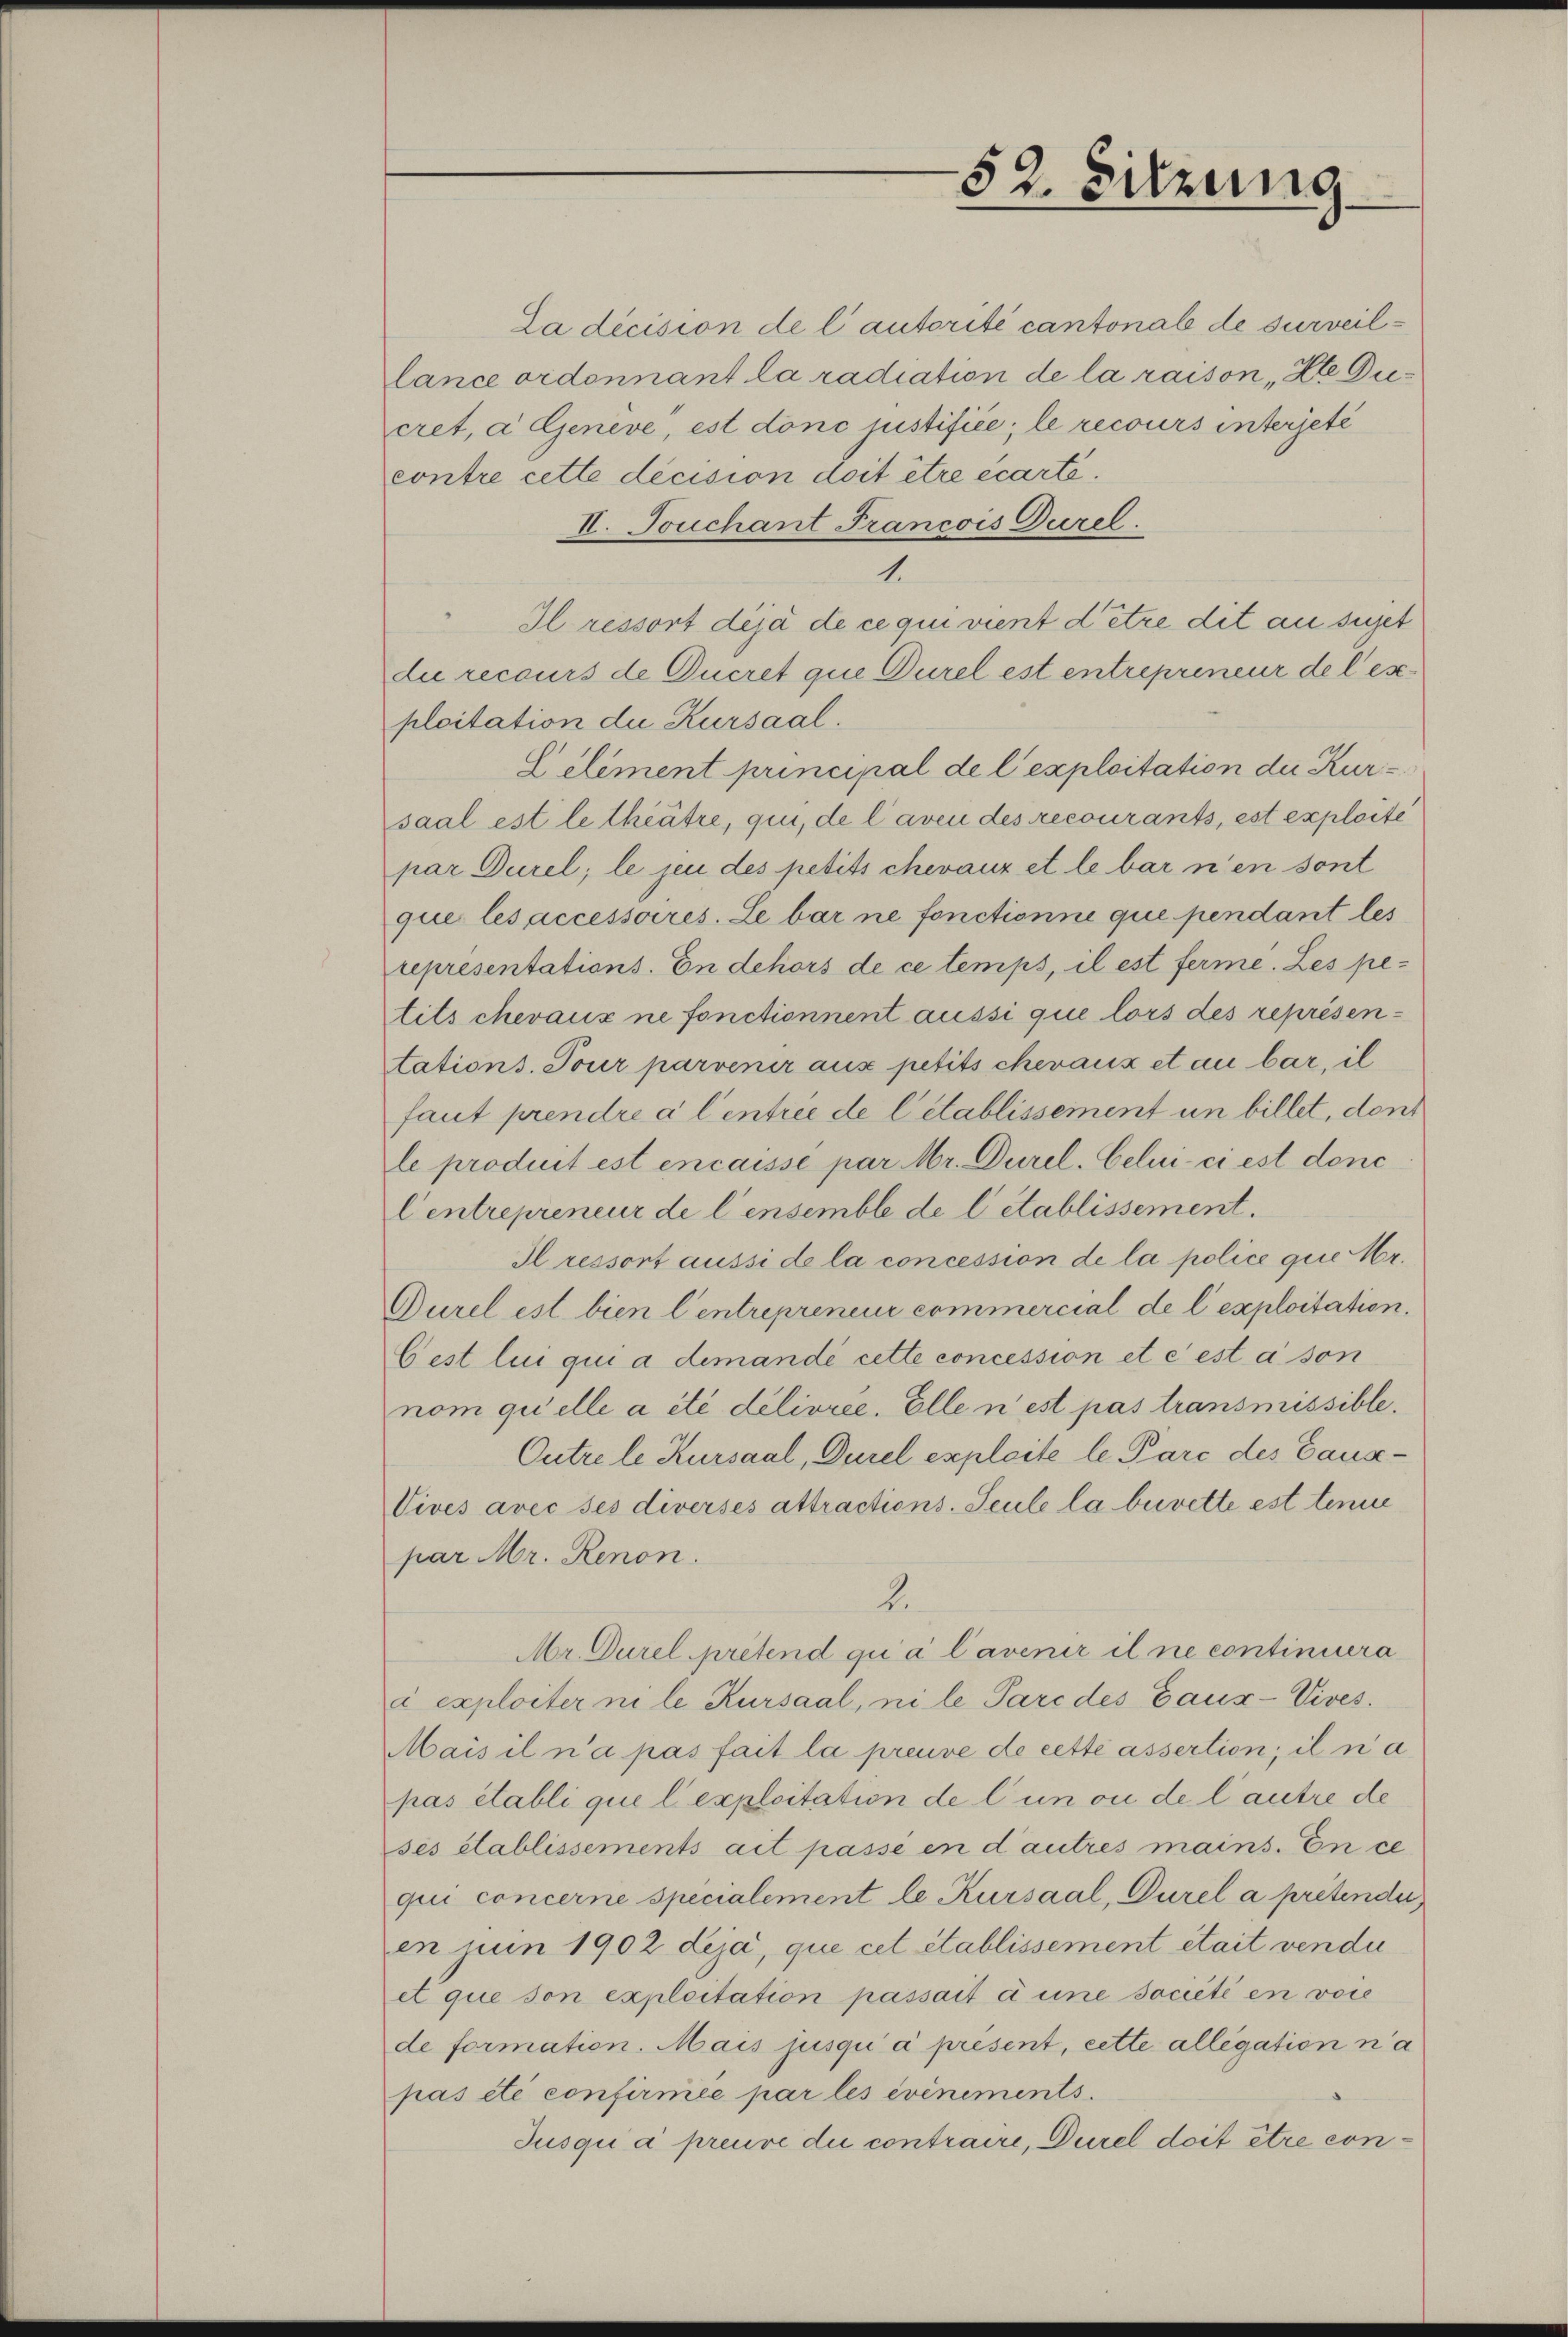
52. Sitzung

La dicision de l’autorité cantonal de surveillance ordonnant la radiation de la raison, die Ducret. a Genève, est donc justifiée, le recours interjeté
contre cette decision doit être écarte.
II. Touchant Francois Durel
1.
Il ressort déjà de ce qui vient d’être dit an siget
die recours de Ducret que Durel est entrepreneur de les
ploitation die Kursaal.
Celement principal de l’exploitation der Kursaal est le thiätre, qui, de l’aven des recourants, est exploite
par Durel; le jen des petits chevaux et le bar n’en sont
que les accessoires. Le bar ne fonctionne que pendant les
representations. In dehors de ce temps, il est ferme. Les petits chevaux ne fonctionnent aussi que lors des représen-
tations. Tour parvenir aus petits chevaux et an bar, il
faut prendre à l’entree de l’établissement un billet, den
le produit est encaisse par Mr. Durel. Celui-ci est donc
Centrepreneur de l’ensemble de l établissement.
Il ressort aussi de la concession de la police que Mr.
Durel est bien Centrepreneur commercial de l’exploitation.
Cest lui qui a demandé cette concession et c est à son
nom quelle a été délivree. Elle n’est pas transmissible.
Outre le Kursaal, Durel exploite le Pare des Canz¬
Vives avec ses diverses attractions-Seule la buvette est tenue
par Mr. Renon.
2.
Mr. Durel prétend qui a l’avenir il ne continuera
à exploiter ni le Kursaal, ni le Parc des Gaux-Vives.
Mais il n’a pas fait la preuve de cetté assertion; il na
pas établi qui l. exploitation de l’un ou de l’autre de
ses établissements ait passé en d’autres mains. En ce
qui concerne specialement le Kursaal, Durel a prétender,
en nun 1902 deja, que cet établissement était vendu
et que son exploitation passait à une société en vore
de formation. Mais jusqu’ à present, cette allegation na
pas été confirmée par les événements.
Jusqui a preuve die contraire, Durel doit être con¬